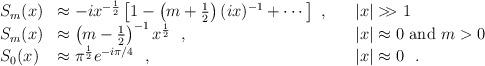
LaTeX: \begin{align*}\begin{array}{lll}S_m(x)&\approx -i x^{-{1\over2}}\left[1-\left(m+{1\over2}\right)(i x)^{-1}+\cdots \right] ~, & \quad |x|>\!\!>1 \\S_m(x)&\approx \left(m-{1\over2}\right)^{-1}x^{1\over2} ~~, & \quad |x|\approx0\hbox{~{\rm{and}}~} m>0 \\S_0(x)&\approx\pi^{1\over 2}e^{-i\pi/4} ~~, & \quad|x|\approx 0 ~~.\end{array}\end{align*}